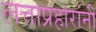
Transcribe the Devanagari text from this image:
लत्ताप्रहारांनी